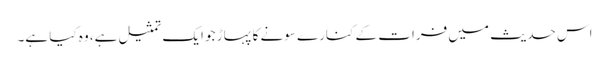
اس حدیث میں فرات کے کنارے سونے کا پہاڑ جو ایک تمثیل ہے، وہ کیا ہے۔